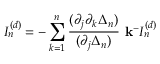
I _ { n } ^ { ( d ) } = - \sum _ { k = 1 } ^ { n } \frac { ( \partial _ { j } \partial _ { k } \Delta _ { n } ) } { ( \partial _ { j } \Delta _ { n } ) } ~ { \bf k ^ { - } } I _ { n } ^ { ( d ) }